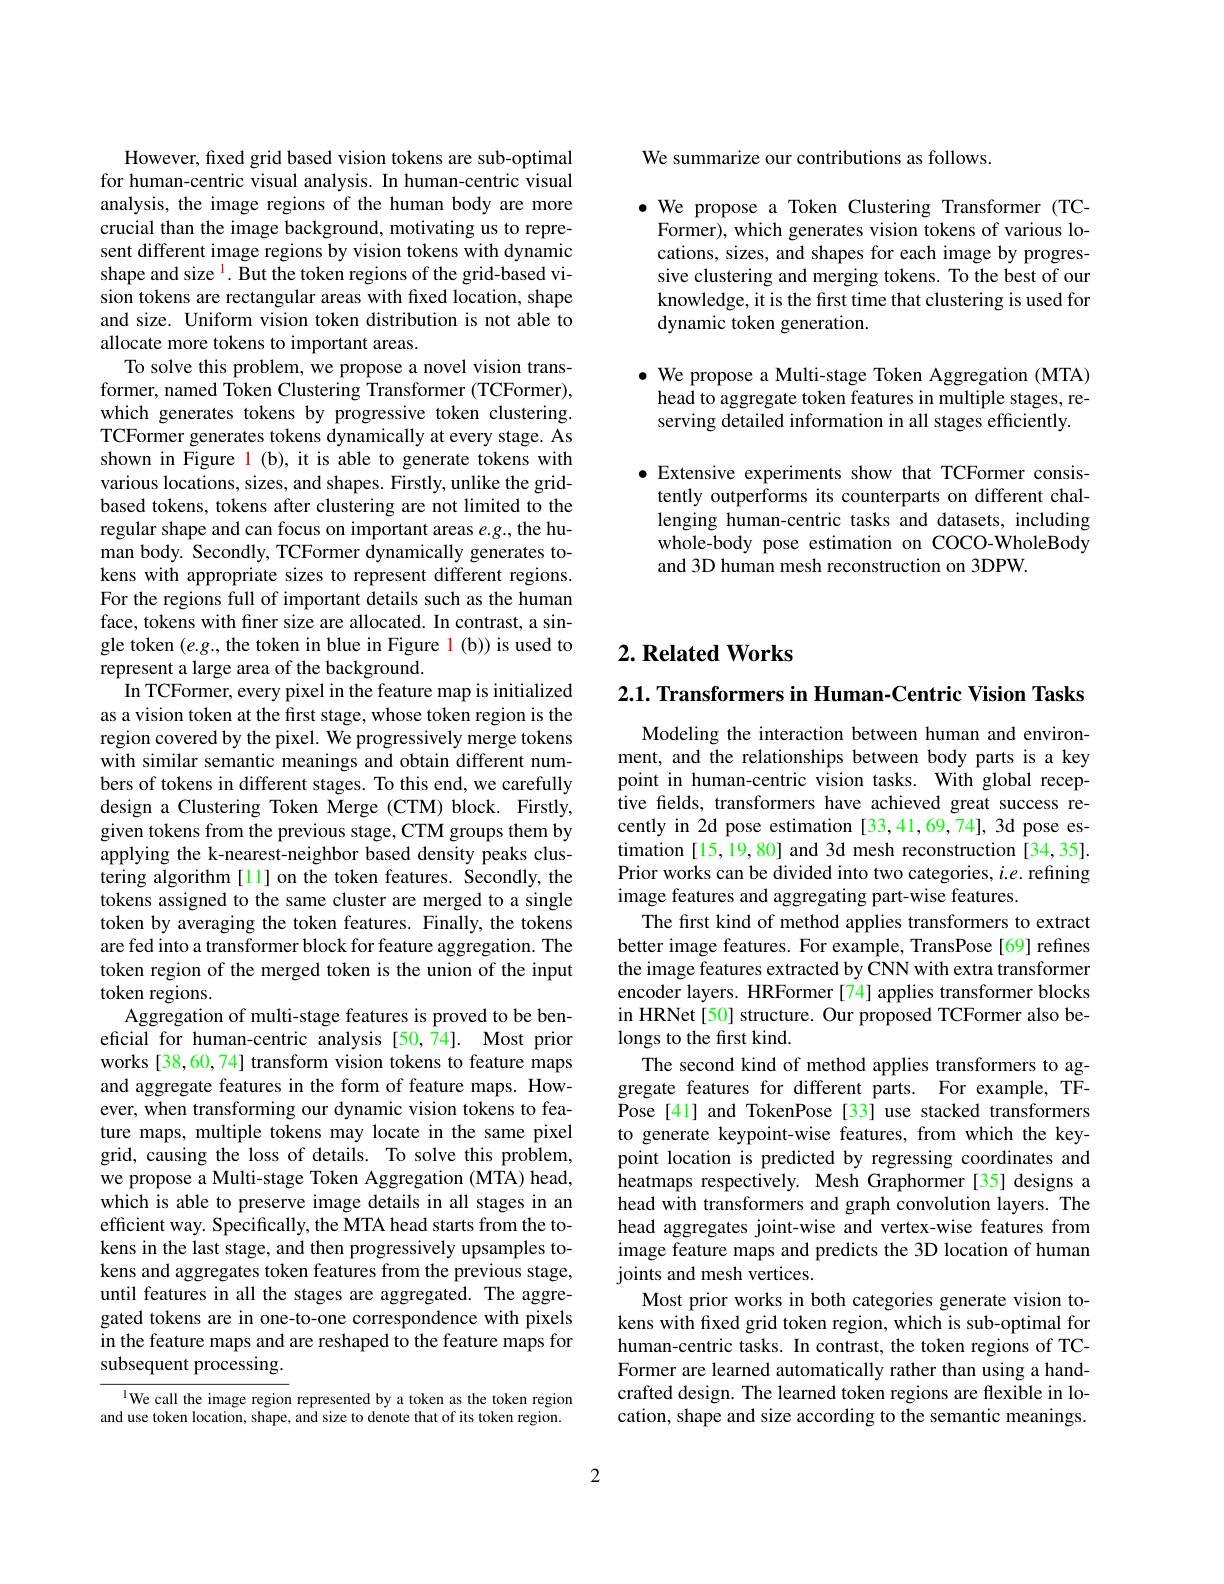
We summarize our contributions as follows.

$\bullet$ We propose a Token Clustering Transformer(TCFormer), which generates vision tokens of various locations, sizes, and shapes for each image by progressive clustering and merging tokens. To the best of our knowledge, it is the first time that clustering is used for dynamic token generation.

$\bullet$ We propose a Multi-stage Token Aggregation (MTA) head to aggregate token features in multiple stages, reserving detailed information in all stages efficiently.

$\bullet$ Extensive experiments show that TCFormer consis-
tently outperforms its counterparts on different challenging human-centric tasks and datasets, including whole-body pose estimation on COCO-WholeBody and 3D human mesh reconstruction on 3DPW.

However, fixed grid based vision tokens are sub-optimal for human-centric visual analysis. In human-centric visual analysis, the image regions of the human body are more crucial than the image background, motivating us to represent different image regions by vision tokens with dynamic shape and size $^{\mathrm{l}}.$ But the token regions of the grid-based vision tokens are rectangular areas with fixed location, shape and size. Uniform vision token distribution is not able to allocate more tokens to important areas.
To solve this problem, we propose a novel vision transformer, named Token Clustering Transformer (TCFormer), which generates tokens by progressive token clustering. TCFormer generates tokens dynamically at every stage. As shown in Figure l (b), it is able to generate tokens with various locations, sizes, and shapes. Firstly, unlike the gridbased tokens, tokens after clustering are not limited to the regular shape and can focus on important areas $e.g.$,the human body. Secondly, TCFormer dynamically generates tokens with appropriate sizes to represent different regions. For the regions full of important details such as the human face, tokens with finer size are allocated. In contrast, a single token $(e.g.$, the token in blue in Figure 1(b)) is used to represent a large area of the background.
In TCFormer, every pixel in the feature map is initialized as a vision token at the first stage, whose token region is the region covered by the pixel. We progressively merge tokens with similar semantic meanings and obtain different numbers of tokens in different stages. To this end, we carefully design a Clustering Token Merge (CTM) block. Firstly, given tokens from the previous stage, CTM groups them by applying the k-nearest-neighbor based density peaks clustering algorithm [11] on the token features. Secondly, the tokens assigned to the same cluster are merged to a single token by averaging the token features. Finally, the tokens are fed into a transformer block for feature aggregation. The token region of the merged token is the union of the input token regions.
Aggregation of multi-stage features is proved to be beneficial for human-centric analysis [50,74]. Most prior works [38,60,74] transform vision tokens to feature maps and aggregate features in the form of feature maps. However, when transforming our dynamic vision tokens to feature maps, multiple tokens may locate in the same pixel grid, causing the loss of details. To solve this problem, we propose a Multi-stage Token Aggregation (MTA) head, which is able to preserve image details in all stages in an efficient way. Specifically, the MTA head starts from the tokens in the last stage, and then progressively upsamples tokens and aggregates token features from the previous stage, until features in all the stages are aggregated. The aggregated tokens are in one-to-one correspondence with pixels in the feature maps and are reshaped to the feature maps for subsequent processing.

$^{1}$We call the image region represented by a token as the token region and use token location, shape, and size to denote that of its token region.

## $2. \textbf{Related Works}$

$2. 1. \textbf{ Transformers in Human- Centric Vision Tasks}$
Modeling the interaction between human and environment, and the relationships between body parts is a key point in human-centric vision tasks. With global receptive felds, transformers have achieved great success recently in 2d pose estimation [33,41,69,74], 3d pose estimation [15,19,80] and 3d mesh reconstruction [34,35]. Prior works can be divided into two categories, $i.e.$ refining image features and aggregating part-wise features.
The first kind of method applies transformers to extract better image features. For example, TransPose[69] refines the image features extracted by CNN with extra transformer encoder layers. HRFormer [74] applies transformer blocks in HRNet[50] structure. Our proposed TCFormer also belongs to the first kind.
The second kind of method applies transformers to aggregate features for different parts. For example, TFPose [41] and TokenPose [33] use stacked transformers to generate keypoint-wise features, from which the keypoint location is predicted by regressing coordinates and heatmaps respectively. Mesh Graphormer [35] designs a head with transformers and graph convolution layers. The head aggregates joint-wise and vertex-wise features from image feature maps and predicts the 3D location of human joints and mesh vertices.
Most prior works in both categories generate vision tokens with fixed grid token region, which is sub-optimal for human-centric tasks. In contrast, the token regions of TCFormer are learned automatically rather than using a handcrafted design. The learned token regions are flexible in location, shape and size according to the semantic meanings.

2